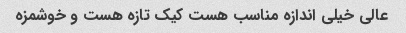
عالی خیلی اندازه مناسب هست کیک تازه هست و خوشمزه